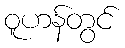
ဝူဟန်တွင်